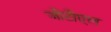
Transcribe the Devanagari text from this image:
जीटीएल